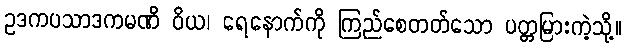
ဥဒကပသာဒကမဏိ ဝိယ၊ ရေနောက်ကို ကြည်စေတတ်သော ပတ္တမြားကဲ့သို့။